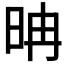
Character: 𣆀